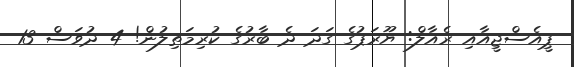
ޕީއެސްޖީއާއި ރެއާލް: ޔޫރަޕުގެ ގަދަ ދެ ބާރުގެ ކުރިމަތިލުން! 4 ދުވަސް 13